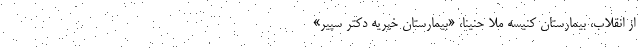
از انقلاب، بیمارستان کنیسه ملا حنینا، «بیمارستان خیریه دکتر سپیر»